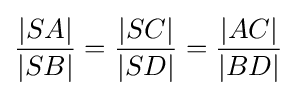
{\frac {|SA|}{|SB|}}={\frac {|SC|}{|SD|}}={\frac {|AC|}{|BD|}}